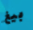
بيغ